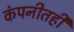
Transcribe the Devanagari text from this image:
कंपनीतही